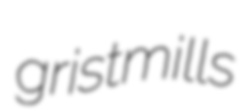
gristmills